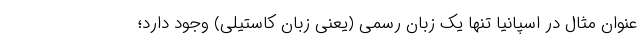
عنوان مثال در اسپانیا تنها یک زبان رسمی (یعنی زبان کاستیلی) وجود دارد؛